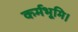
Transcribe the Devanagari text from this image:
कर्मभूमि।